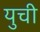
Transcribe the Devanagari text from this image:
युची